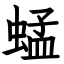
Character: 蜢